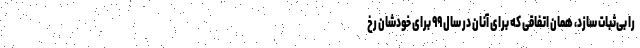
را بی‌ثبات سازد، همان اتفاقی که برای آنان در سال ۹۹ برای خودشان رخ